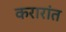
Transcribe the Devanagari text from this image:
करारांत